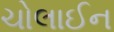
ચોલાઈન